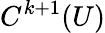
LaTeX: C^{k+1}(U)